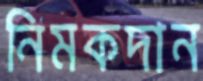
নিমকদান